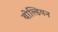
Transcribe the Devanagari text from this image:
बोल्डियन